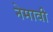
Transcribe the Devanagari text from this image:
नेमावी